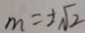
m = \pm \sqrt { 2 }